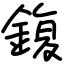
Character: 鍑